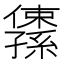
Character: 𫤅